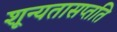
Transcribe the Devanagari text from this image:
शून्यतासप्तति